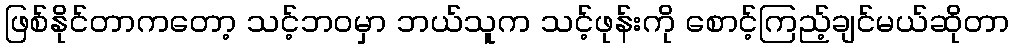
ဖြစ်နိုင်တာကတော့ သင့်ဘဝမှာ ဘယ်သူက သင့်ဖုန်းကို စောင့်ကြည့်ချင်မယ်ဆိုတာ